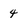
Character: 4